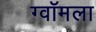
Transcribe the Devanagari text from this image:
ग्वॉमला